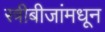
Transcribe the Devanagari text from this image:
स्त्रीबीजांमधून